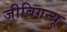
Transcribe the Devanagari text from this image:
जीबिगन्यू